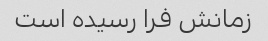
زمانش فرا رسیده است